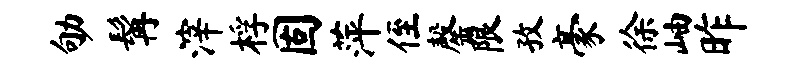
劬髯滓桴固萍侄罄限孜豪徐岫昨